Vital statistics of India. Vol. IV, Annual returns from 1871 to 1876. British Army of India, Native Army and jails of Bengal
Year: 1871
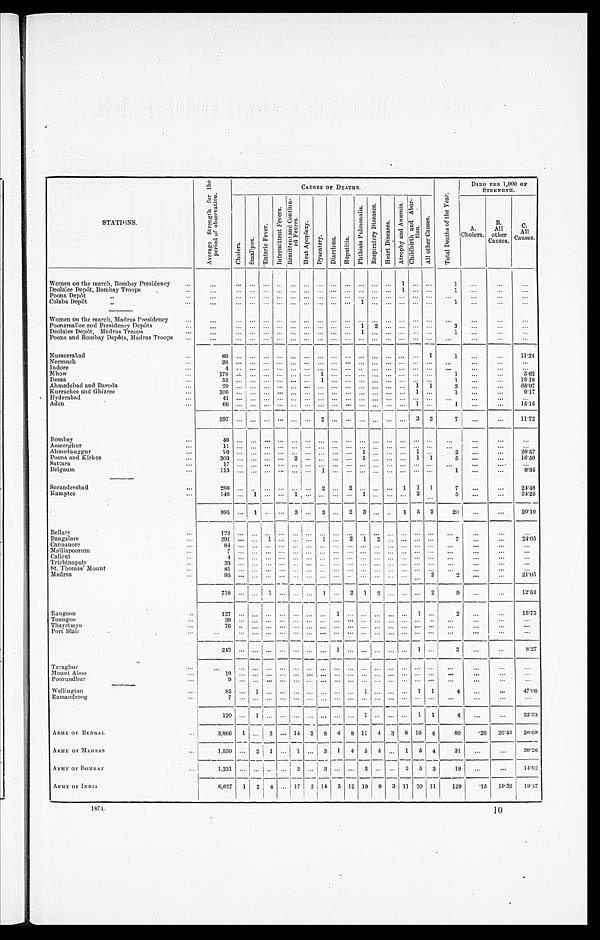
STATIONS.
A v e r a g e S t r e n g t h f o r t h e P e r i o d o f o b s e r v a t i o n .
CAUSES OF DEATHS.
T o t a l D e a t h s o f t h e Y e a r .
DIED PER 1,000 OF
STRENGTH.
Ch o l e r a .
Sma l l p o x .
E n t e r i c F e v e r .
I n t e r m i t t e n t F e v e r s .
R e m i t t e n t a n d C o n t i n u - e d F e v e r s .
H e a t A p o p l e x y .
D y s e n t e r y .
D i a r r h œ a .
H e p a t i t i s .
P h t h i s i s P u l m o n a l i s . R e s p i r a t o r y D i s e a s e s .
H e a r t D i s e a s e s .
A t r o p h y a n d A n æ m i a .
C h i l d b i r t h a n d A b o r - t i o n .
A l l o t h e r C a u s e s .
A.
Cholera.
B .
All
other
Causes.
C.
All
Causes.
Women on the march, Bombay Presidency . . .
. . .
. . . . . . . . .
. . .
. . .
. . .
. . .
. . .
. . .
. . . . . . . . .
1
. . .
. . .
1
. . .
. . .
. . .
Deolalee Depôt, Bombay Troops . . .
. . .
. . .
. . .. . .
. . .
. . .
. . .
. . .
. . .
. . .
. . . . . . . . .
1
. . .
. . .
1
. . .
. . .
. . .
Poona Depôt " . . .
. . .
. . . . . . . . .
. . .
. . .
. . .
. . .
. . .
. . .
. . . . . . . . .
. . .
. . .
. . .
. . .
. . .
. . .
. . .
Colaba Depôt " . . .
. . .
. . . . . . . . .
. . . . . .
. . .
. . .
. . .
. . .
1 . . . . . .
. . .
. . .
. . .
1
. . .
. . .
. . .
Women on the march, Madras Presidency . . .
. . .
. . . . . . . . .
. . .
. . .
. . .
. . .
. . .
. . .
. . . . . . . . .
. . .
. . .
. . .
. . .
. . .
. . .
. . .
Poonamallee and Presidency Depôts . . .
. . .
. . . . . . . . .
. . .
. . .
. . .
. . .
. . .
. . .
1 2
. . .
. . .
. . .
. . .
3
. . .
. . .
. . .
Deolalee Depôt , Madras Troops . . .
. . .
. . . . . . . . .
. . .
. . .
. . .
. . .
. . .
. . .
1 . . . . . .
. . . . . .
. . .
1
. . .
. . .
. . .
Poona and Bombay Depôts, Madras Troops . . .
. . .
. . .
. . .. . .
. . .
. . .
. . .
. . .
. . .
. . .
. . . . . . . . .
. . .
. . .
. . .
. . .
. . .
. . .
. . .
Nusseerabad . . .
89
. . .
. . .. . .
. . .
. . .
. . .
. . .
. . .
. . .
. . . . . . . . .
. . .
. . .
1
1
. . .
. . . 11.24
Neemuch . . .
2 6 . . .
. . .. . .
. . .
. . .
. . .
. . .
. . .
. . .
. . . . . . . . .
. . .
. . .
. . .
. . .
. . .
. . .
. . .
Indore . . .
4 . . .
. . .. . .
. . .
. . .
. . .
. . .
. . .
. . . . . .
. . . . . .
. . .
. . .
. . .
. . .
. . .
. . .
. . .
M h o w . . .
178 . . . . . . . . .
. . .
. . .
. . .
1
. . .
. . .
. . . . . . . . .
. . .
. . .
. . .
1
. . .
. . .
5.62
Deesa . . .
55 . . .
. . .. . .
. . .
. . .
. . .
1
. . .
. . .
. . . . . . . . .
. . .
. . .
. . .
1
. . .
. . .
18.18
Ahmedabad and Baroda . . .
2 9 . . .
. . .. . .
. . .
. . .
. . .
. . .
. . .
. . . . . . . . . . . .
. . . 1
1
2
. . .
. . . 68.97
Kurrachee and Ghizree . . .
1 0 9 . . .
. . .. . .
. . .
. . .
. . .
. . .
. . .
. . . . . . . . . . . .
. . .
1
. . .
1
. . .
. . .
9.17
Hyderabad . . .
4 1 . . .
. . .. . .
. . .
. . .
. . .
. . .
. . .
. . .
. . . . . . . . .
. . .
. . .
. . .
. . .
. . .
. . .
. . .
A d e n . . .
6 6 . . .
. . .. . .
. . .
. . .
. . .
. . .
. . .
. . .
. . . . . . . . .
. . . 1
. . .
1
. . .
. . . 15.15
597 . . . . . . . . .
. . .
. . .
. . .
2
. . .
. . .
. . .
. . . . . .
. . .
3
2
7 . . .
. . . 11.72
Bombay . . .
49 . . .
. . .
. . .
. . .
. . .
. . .
. . .
. . .
. . .
. . .
. . . . . .
. . .
. . .
. . .
. . .
. . .
. . .
. . .
Assecrghur . . .
1 1 . . .
. . .. . .
. . .
. . .
. . .
. . .
. . .
. . .
. . . . . . . . .
. . .
. . .
. . .
. . .
. . .
. . .
. . .
Ahmednuggur . . .
7 0
. . .
. . .. . .
. . .
. . .
. . .
. . .
. . .
. . . 1 . . . . . .
. . .
1
. . .
2
. . .
. . .
2 8 . 5 7
Poona and Kirkee . . .
3 0 3. . .
. . .. . .
. . .
2
. . .
. . .
. . .
. . .
1 . . . . . .
. . .
1 1
5
. . .
. . .
1 6 . 5 0
Sattara . . .
1 7 . . .
. . .. . .
. . .
. . .
. . .
. . .
. . .
. . .
. . . . . . . . .
. . .
. . .
. . .
. . .
. . .
. . .
. . .
Belgaum . . .
1 1 3. . .
. . .. . .
. . .
. . .
. . .
1
. . .
. . .
. . . . . . . . .
. . .
. . .
. . .
1
. . .
. . .
8 . 8 5
Secunderabad . . .
2 8 6. . .
. . .. . .
. . .
. . .
. . .
2
. . .
2
. . . . . . . . .
1
1
1
7
. . .
. . . 24.48
Kamptee . . .
1 4 6. . .
1 . . .
. . .
1
. . .
. . .
. . .
. . .
1
. . .
. . .
. . . 2
. . .
5
. . .
. . . 24.25
995 . . .
1
. . .
. . . 3
. . . 3
. . .
2
3 . . . . . .
1
5
2
20
. . .
. . . 20.10
Bellary . . .
1 2 3. . .
. . .. . .
. . .
. . .
. . .
. . .
. . .
. . .
. . . . . . . . .
. . .
. . .
. . .
. . .
. . .
. . .
. . .
Bangalore . . .
291 . . .
. . . 1
. . .
. . .
. . .
1
. . .
2
1
2 . . .
. . .
. . .
. . .
7
. . .
. . . 24.05
Cannanore . . .
84 . . .
. . .. . .
. . .
. . .
. . .
. . .
. . .
. . .
. . .
. . .. . .
. . .
. . .
. . .
. . .
. . .
. . .
. . .
Malliapoorum . . .
7 . . .
. . .. . .
. . .
. . .
. . .
. . .
. . .
. . .
. . .
. . . . . .
. . .
. . .
. . .
. . .
. . .
. . .
. . .
Calicut . . .
4 . . .
. . .. . .
. . .
. . .
. . .
. . .
. . .
. . .
. . .
. . . . . .
. . .
. . .
. . .
. . .
. . .
. . .
. . .
Trichinopoly . . .
33 . . .
. . .. . .
. . .
. . .
. . .
. . .
. . .
. . .
. . .
. . . . . .
. . .
. . .
. . .
. . .
. . .
. . .
. . .
St. Thomas' Mount . . .
8 1
. . .
. . .. . .
. . .
. . .
. . .
. . .
. . .
. . .
. . .
. . .. . .
. . .
. . .
. . .
. . .
. . .
. . .
. . .
Madras . . .
9 5
. . .
. . .. . .
. . .
. . .
. . .
. . .
. . .
. . .
. . .
. . . . . .
. . .
. . .
2
2
. . .
. . .
21.05
7 1 8
. . .
. . .
1
. . .
. . .
. . .
1
. . .
2
1
2 . . .
. . .
. . . 2
9
. . .
. . . 12.53
Rangoo . . .
1 2 7
. . .
. . .
. . .
. . .
. . .
. . .
. . .
1
. . .
. . .
. . . . . .
. . .
1
. . .
2
. . .
. . . 15.75
Toungoo . . .
3 9
. . .
. . .. . .
. . .
. . .
. . .
. . .
. . .
. . .
. . .
. . . . . .
. . .
. . .
. . .
. . .
. . .
. . .
. . .
Thayetmy . . .
7 6
. . .
. . .. . .
. . .
. . .
. . .
. . .
. . .
. . .
. . .
. . . . . .
. . .
. . .
. . .
. . .
. . .
. . .
. . .
Port Blair . . .
. . .
. . .
. . .
. . .
. . .
. . .
. . .
. . .
. . .
. . .
. . .
. . . . . .
. . .
. . .
. . .
. . .
. . .
. . .
. . .
2 4 2
. . . . . . . . .
. . .
. . .
. . .
. . .
1
. . .
. . . . . . . . .
. . .
1
. . .
2
. . .
. . .
8 . 2 7
Taraghur . . .
. . .
. . .
. . .
. . .
. . .
. . .
. . .
. . .
. . .
. . .
. . .
. . . . . .
. . .
. . .
. . .
. . .
. . .
. . .
. . .
Mount Aboo . . .
1 9
. . .
. . .. . .
. . .
. . .
. . .
. . .
. . .
. . .
. . .
. . . . . .
. . .
. . .
. . .
. . .
. . .
. . .
. . .
Poorundhur . . .
9
. . .
. . .. . .
. . .
. . .
. . .
. . .
. . .
. . .
. . .
. . .. . .
. . .
. . .
. . .
. . .
. . .
. . .
. . .
Wellington . . .
85
. . .
1 . . .
. . .
. . .
. . .
. . .
. . .
. . .
1
. . .. . .
. . .
1
1
4
. . .
. . .
47.06
Ramandroog . . .
7
. . .
. . .. . .
. . .
. . .
. . .
. . .
. . .
. . .
. . .
. . . . . .
. . .
. . .
. . .
. . .
. . . . . .
. . .
1 2 0
. . .
1 . . .
. . .
. . .
. . .
. . .
. . .
. . .
1
. . .. . .
. . .
1
1
4
. . .
. . .
33.33
ARMY OF BENGAL . . .
3,866
1
. . .
3
. . . 14
2
8
4
8
1 1
4
3
8
1 0
4
8 0
. 2 6
2 0 . 4 3
2 0 . 6 9
ARMY OF MADRAS . . .
1,530
. . .
2
1
. . .
1
. . .
3
1
4
5
4
. . .
1
5
4
3 1
. . .
. . .
2 0 . 2 6
ARMY OF BOMBAY . . .
1 ,231
. . .
. . .
. . .
. . .
2
. . .
3
. . .
. . .
3
. . .
. . .
2
5
3
1 8
. . .
. . .
1 4 . 6 2
ARMY OF INDIA . . .
6,627 1
2
4
. . . 17
2
1 4
5
12 19
8
3 11 20 11
129
.15
19.32
19.47
1874.
10